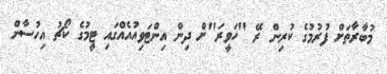
މުބާރާތަށް ފުރުމުގެ ކުރިން ރޭ "ހަވީރަ"ށް ދިން އިންޓަވިއުއެއްގައި ޓީމުގެ ކޯޗު އިހުސާން